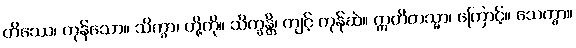
တိဿေ၊ ကုန်သော။ သိက္ခာ၊ တို့ကို။ သိက္ခန္တိ၊ ကျင့် ကုန်ဆဲ။ ဣတိတသ္မာ၊ ကြောင့်။ သေက္ခာ။